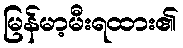
မြန်မာ့မီးရထား၏